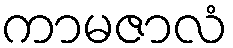
ကာမဇာလံ